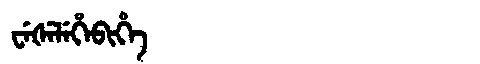
Manchu: ᠸᡝᡧᡝᠯᡝᡥᡝᠪᡳᡥᡝ
Romanization: WEŠELEHEBIHE